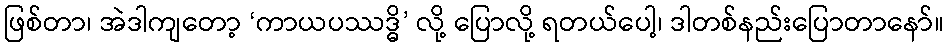
ဖြစ်တာ၊ အဲဒါကျတော့ ‘ကာယပဿဒ္ဓိ’ လို့ ပြောလို့ ရတယ်ပေါ့၊ ဒါတစ်နည်းပြောတာနော်။